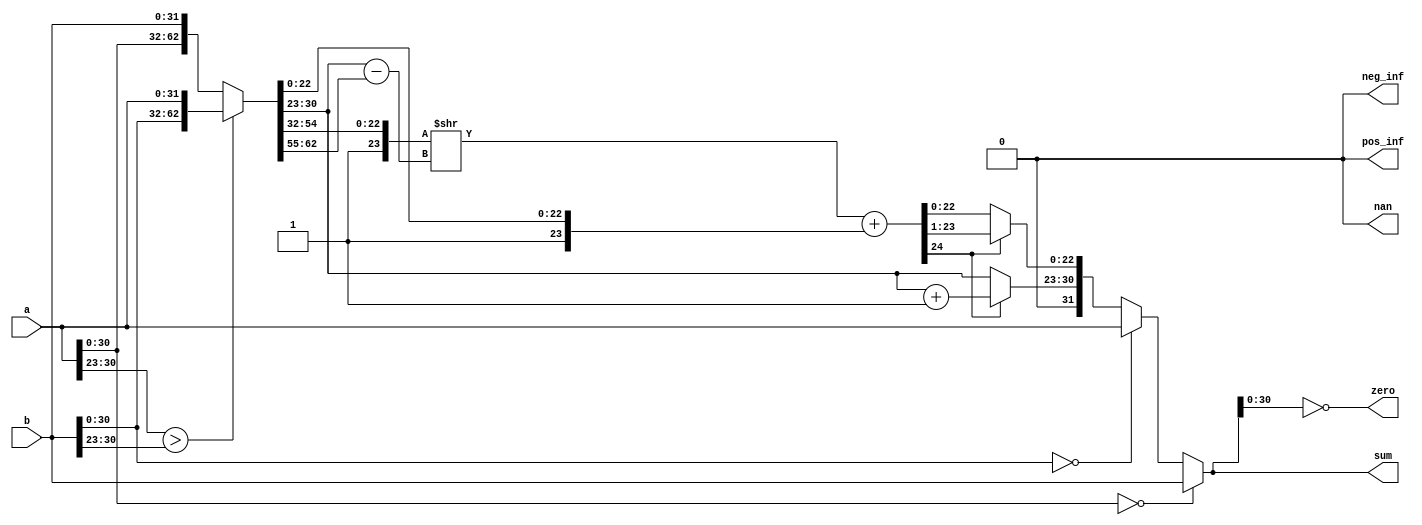
// Incomplete floating-point adder
//
// Positive numbers only
// No rounding
// No infinity and NaN (Not a Number)

module incomplete_fp_adder
  (
    input  [31:0] a,
    input  [31:0] b,
    output [31:0] sum,
    output        zero,
    output        pos_inf,
    output        neg_inf,
    output        nan
  );
  
  // Extract the exponents

  wire [7:0] orig_a_exp = a [30:23];
  wire [7:0] orig_b_exp = b [30:23];
  
  // Swap the numbers if the exponent of the first is larger
  
  wire [31:0] swap_a, swap_b;
  
  assign { swap_a, swap_b }
    = orig_a_exp > orig_b_exp ? { b, a } : { a, b };
    
  // Extract sign, mantissa / significand and exponent

  wire        a_sign , b_sign ;
  wire [ 7:0] a_exp  , b_exp  ;
  wire [22:0] a_mant , b_mant ;
  
  assign { a_sign, a_exp, a_mant } = swap_a;
  assign { b_sign, b_exp, b_mant } = swap_b;

  // Shift the significand of the number with the smaller exponent
  // Here we assume that a is not zero

  wire [23:0] a_mant_shifted
    = { 1'b1, a_mant } >> (b_exp - a_exp);

  // Add the significands
  // Here we assume that b is not zero
  
  wire carry;
  wire [23:0] added_mants;
  
  assign { carry, added_mants }
    = a_mant_shifted + { 1'b1, b_mant };
  
  // !!! Note that in Verilog if we add two 24-bit numbers
  // and the left hand side is 25-bit-wide, it does generate carry bit
  // to the most significant bit of the result.
  
  // Check carry and adjust
  
  reg [ 7:0] sum_exp;
  reg [22:0] sum_mant;
  
  always @*
    if (carry)
      begin
        sum_exp  = b_exp + 1'd1;
        sum_mant = added_mants [23:1];
      end
      else
      begin
        sum_exp  = b_exp;
        sum_mant = added_mants [22:0];
      end
  
  // Forming the result

  wire [31:0] calculated_sum
    = { 1'b0,  // sign is not implemented
        sum_exp, sum_mant };
  
  wire a_zero = (a [30:0] == 31'b0);
  wire b_zero = (b [30:0] == 31'b0);
  
  assign sum = a_zero ? b : b_zero ? a : calculated_sum;
                 
  assign zero    = (sum [30:0] == 31'b0);
  assign pos_inf = 1'b0;  // Positive infinity is not implemented
  assign neg_inf = 1'b0;  // Negative infinity is not implemented
  assign nan     = 1'b0;  // Not a Number (NaN) is not implemnted
  
endmodule